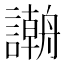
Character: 𲁻